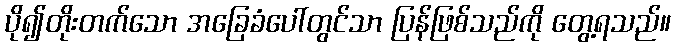
ပို၍တိုးတက်သော အခြေခံပေါ်တွင်သာ ပြန်ဖြစ်သည်ကို တွေ့ရသည်။